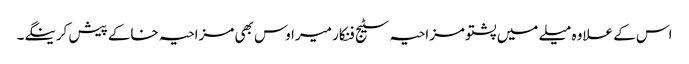
اس کے علاوہ میلے میں پشتو مزاحیہ سٹیج فنکار میراوس بھی مزاحیہ خاکے پیش کرینگے۔